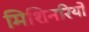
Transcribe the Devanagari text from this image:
मिशिनरियो